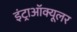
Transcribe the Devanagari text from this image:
इंट्राऑक्यूलर